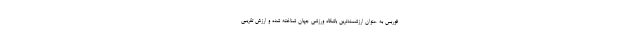
فوربس به عنوان ارزشمندترین باشگاه ورزشی جهان شناخته شده و ارزش تقریبی